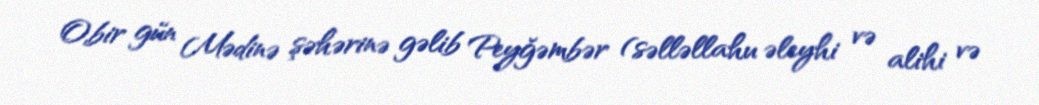
O,bir gün Mədinə şəhərinə gəlib Peyğəmbər (səlləllahu əleyhi və alihi və